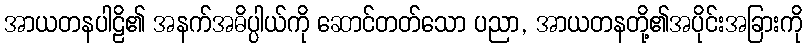
အာယတနပါဠိ၏ အနက်အဓိပ္ပါယ်ကို ဆောင်တတ်သော ပညာ, အာယတနတို့၏အပိုင်းအခြားကို